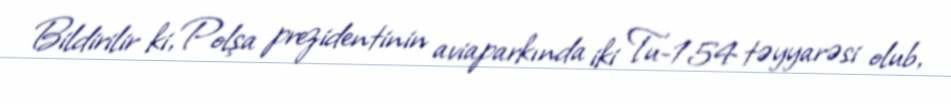
Bildirilir ki, Polşa prezidentinin aviaparkında iki Tu-154 təyyarəsi olub,